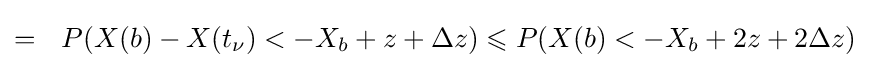
=\ \ P(X(b)-X(t_{\nu })<-X_{b}+z+\Delta z)\leqslant P(X(b)<-X_{b}+2z+2\Delta z)